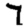
Digit: 7